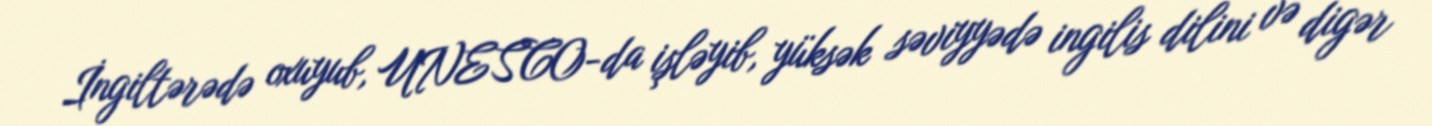
İngiltərədə oxuyub, UNESCO-da işləyib, yüksək səviyyədə ingilis dilini və digər